Indian Medical Review
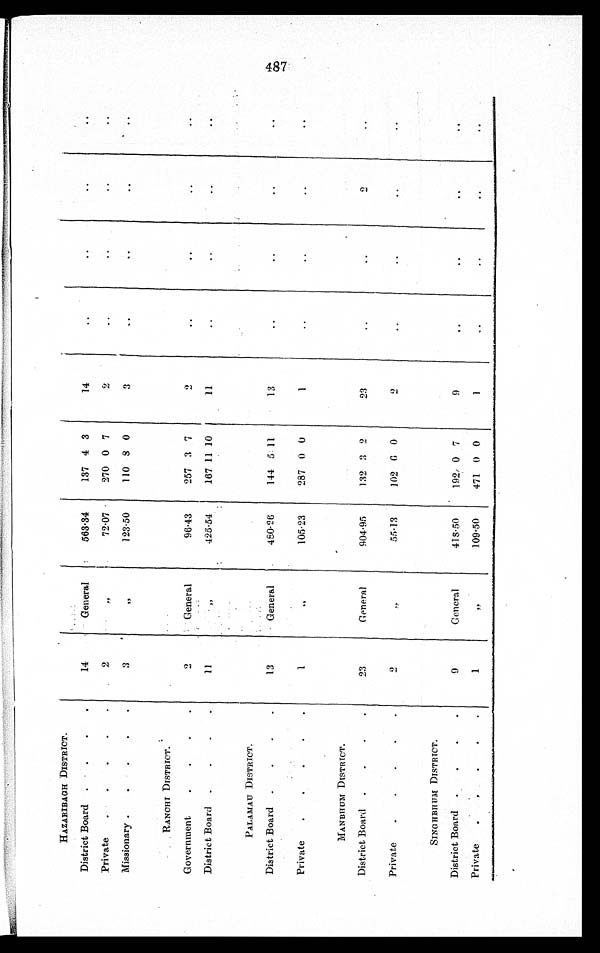
HAZARIBAGH DISTRICT.
District Board
.
. . .
14
General
563.34
137 4 3
14
. .
. .
..
..
Private
. . . . .
2
„
72.07
270 0 7
2
. .
. .
..
..
Missionary .
.
.
. .
3
„
123.50
110 8 0
3
..
..
..
..
RANCHI DISTRICT.
Government
. . . .
2
General
96.43
257 3 7
. .
. .
. .
..
..
District Board
.
. . .
11
„
425.54
167 11 10
1 1
. .
..
..
..
PALAMAU DISTRICT.
District Board
. . . .
13
General
480.26
144 5 11
1 3
. .
..
..
. .
Private
. . . . .
1
„
105.23
287 0 0
1
..
..
..
..
M ANBHUM DISTRICT.
-
.
District Board
. . . .
23
General
904.95
132 3 2
2 3
. .
. .
2
. .
Private
. . . . .
2
„
55.13
102
6 0
2
. .
. .
. .
..
SINGHBHUM DISTRICT.
District Board
. .
.
. .
9
General
418.50
192 0 7
9
. .
..
..
. .
Private
. . . . .
1
„
109.50
471 0 0
1
..
..
..
..